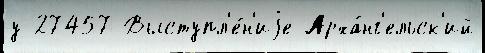
у 27457 Выступл'е́н'иjе Арха́нг'ельск'ий